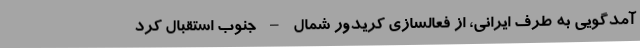
آمدگویی به طرف ایرانی، از فعالسازی کریدور شمال – جنوب استقبال کرد